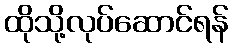
ထိုသို့လုပ်ဆောင်ရန်